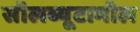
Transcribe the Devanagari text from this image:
सॉलब्यूटामॉल